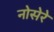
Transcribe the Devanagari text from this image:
नोसेरे